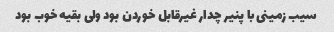
سیب زمینی با پنیر چدار غیرقابل خوردن بود ولی بقیه خوب بود